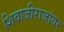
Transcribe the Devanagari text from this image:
शिवाजीराजांवर